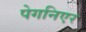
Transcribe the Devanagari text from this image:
पेगनिएर